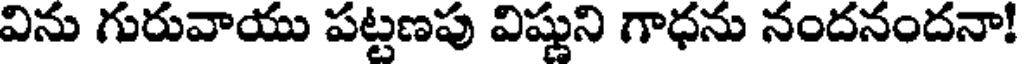
విను గురువాయు పట్టణపు విష్ణుని గాధను నందనందనా!